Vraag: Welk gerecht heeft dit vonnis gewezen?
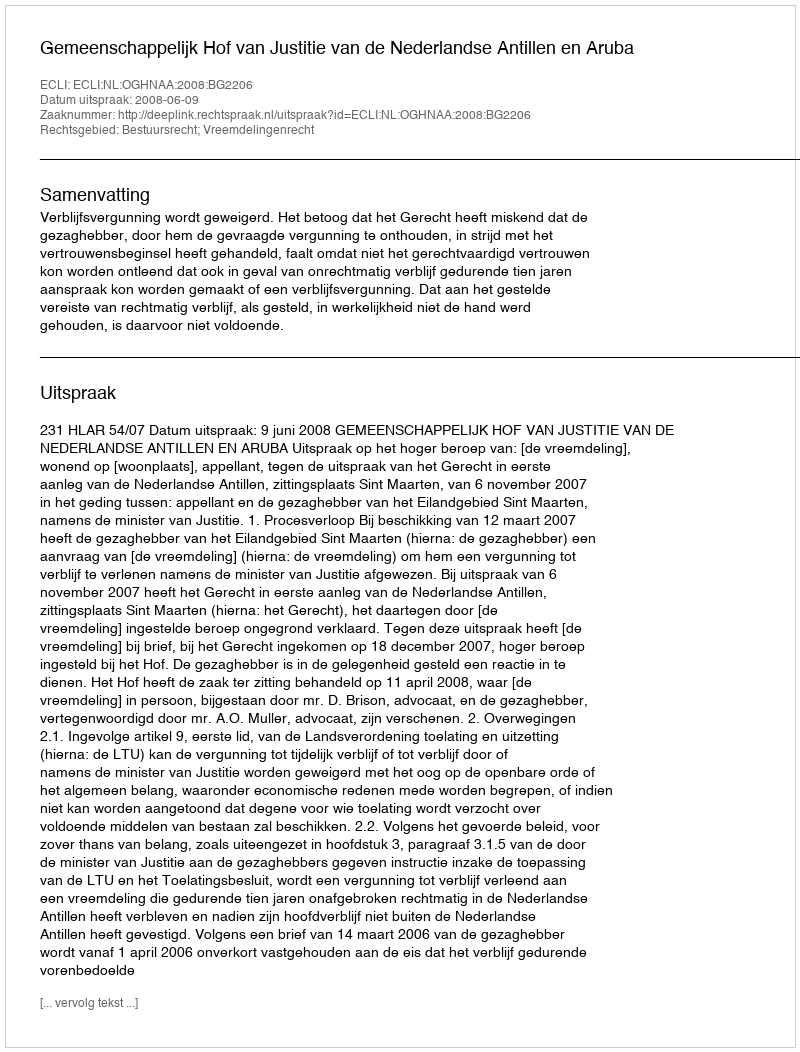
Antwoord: Gemeenschappelijk Hof van Justitie van de Nederlandse Antillen en Aruba